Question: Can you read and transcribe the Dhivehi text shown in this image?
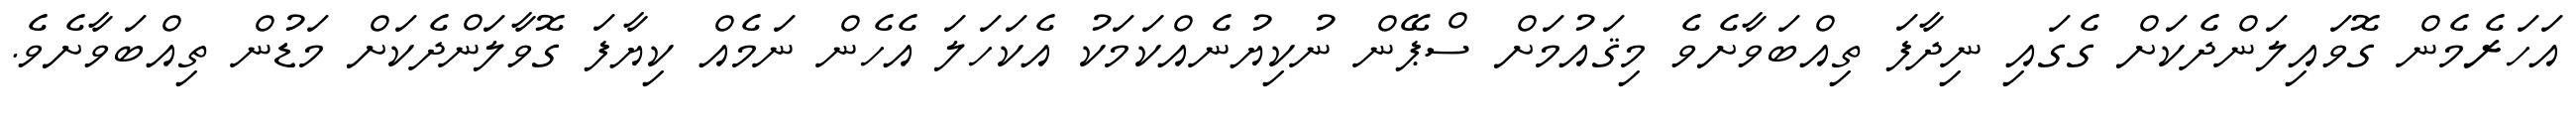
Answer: އަހަރެމެން ގޮވައިލަންދެކަށް ގެގައި ނިދާފަ ތިއްބަވާށެވެ މިޤައުމަށް ސްޕޭން ނުކިޔުނެއްކަމަކު އެކަހަލަ އެހެން ނަމެއް ކިޔާފަ ގޮވާލަންދެކަށް މަޑުން ތިއްބަވާށެވެ.